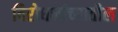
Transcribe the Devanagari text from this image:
विरोधकांच्यातील